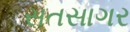
સતસાગર